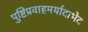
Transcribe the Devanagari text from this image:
पुष्टिप्रवाहमर्यादाभेद